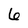
Character: 6